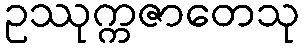
ဥဿုက္ကဇာတေသု